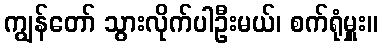
ကျွန်တော် သွားလိုက်ပါဦးမယ်၊ စက်ရုံမှူး။